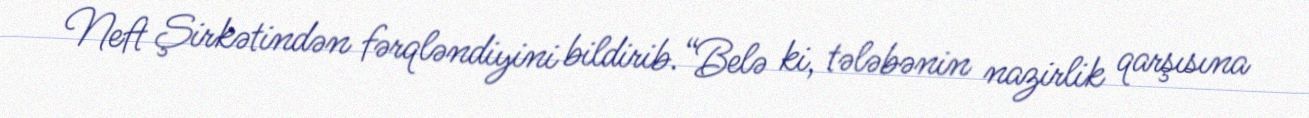
Neft Şirkətindən fərqləndiyini bildirib.“Belə ki, tələbənin nazirlik qarşısına